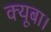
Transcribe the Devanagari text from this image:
क्यूबा।